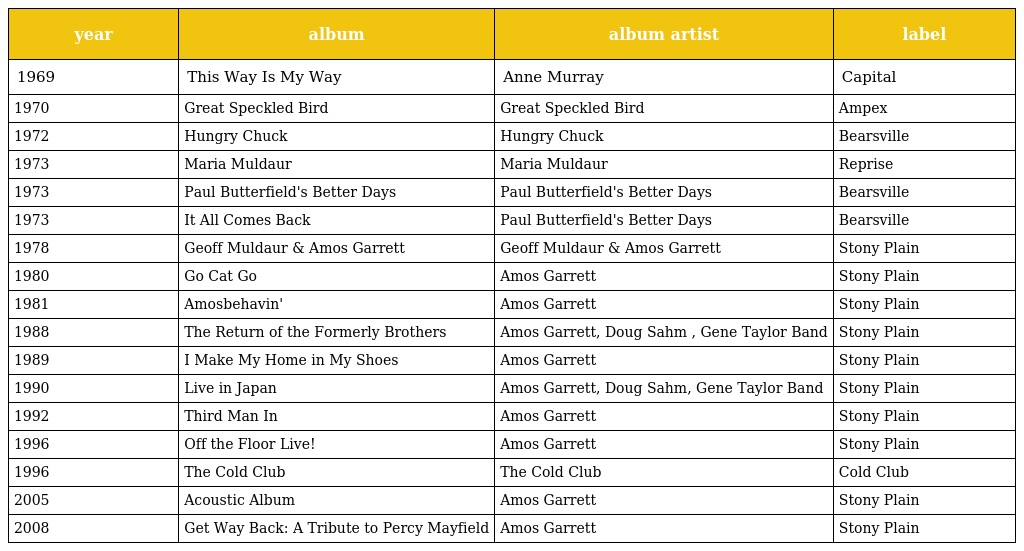
| year | album | album artist | label |
 | --- | --- | --- | --- |
 | 1969 | This Way Is My Way | Anne Murray | Capital |
 | 1970 | Great Speckled Bird | Great Speckled Bird | Ampex |
 | 1972 | Hungry Chuck | Hungry Chuck | Bearsville |
 | 1973 | Maria Muldaur | Maria Muldaur | Reprise |
 | 1973 | Paul Butterfield's Better Days | Paul Butterfield's Better Days | Bearsville |
 | 1973 | It All Comes Back | Paul Butterfield's Better Days | Bearsville |
 | 1978 | Geoff Muldaur & Amos Garrett | Geoff Muldaur & Amos Garrett | Stony Plain |
 | 1980 | Go Cat Go | Amos Garrett | Stony Plain |
 | 1981 | Amosbehavin' | Amos Garrett | Stony Plain |
 | 1988 | The Return of the Formerly Brothers | Amos Garrett, Doug Sahm , Gene Taylor Band | Stony Plain |
 | 1989 | I Make My Home in My Shoes | Amos Garrett | Stony Plain |
 | 1990 | Live in Japan | Amos Garrett, Doug Sahm, Gene Taylor Band | Stony Plain |
 | 1992 | Third Man In | Amos Garrett | Stony Plain |
 | 1996 | Off the Floor Live! | Amos Garrett | Stony Plain |
 | 1996 | The Cold Club | The Cold Club | Cold Club |
 | 2005 | Acoustic Album | Amos Garrett | Stony Plain |
 | 2008 | Get Way Back: A Tribute to Percy Mayfield | Amos Garrett | Stony Plain |